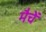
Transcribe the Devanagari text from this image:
मैचें